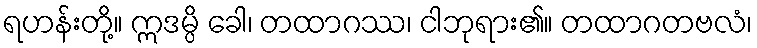
ရဟန်းတို့။ ဣဒမ္ပိ ခေါ၊ တထာဂဿ၊ ငါဘုရား၏။ တထာဂတဗလံ၊